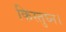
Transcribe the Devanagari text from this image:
किस्तुघ्न।